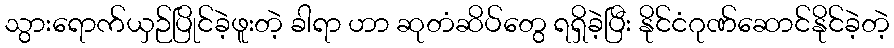
သွားရောက်ယှဉ်ပြိုင်ခဲ့ဖူးတဲ့ ခါရာ ဟာ ဆုတံဆိပ်တွေ ရရှိခဲ့ပြီး နိုင်ငံဂုဏ်ဆောင်နိုင်ခဲ့တဲ့